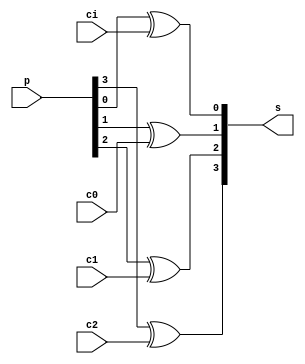
module su_4bit
(
	input [3:0] p, 
	input c2, c1, c0, ci,
	output [3:0] s	
);
assign s[0] = p[0] ^ ci;
assign s[1] = p[1] ^ c0;
assign s[2] = p[2] ^ c1;
assign s[3] = p[3] ^ c2;
//assign s = p ^ c;
endmodule